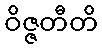
ဝိဇ္ဇတီတိ